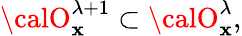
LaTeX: {\calO}_{\mathbf{x}}^{\lambda+1}\subset{\calO}_{\mathbf{x}}^{\lambda},